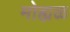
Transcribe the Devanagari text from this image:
मोह्यळ